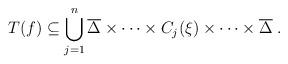
LaTeX: \begin{align*}T(f)\subseteq \bigcup_{j=1}^n \overline\Delta\times\cdots\times C_j(\xi)\times\cdots\times\overline\Delta\;.\end{align*}